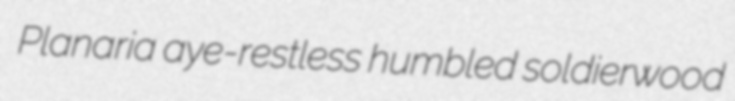
Planaria aye-restless humbled soldierwood